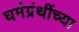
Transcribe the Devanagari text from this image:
घर्मग्रंथींच्या